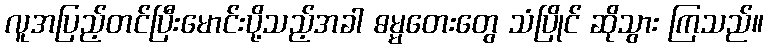
လူအပြည့်တင်ပြီးမောင်းပို့သည့်အခါ ဓမ္မတေးတွေ သံပြိုင် ဆိုသွား ကြသည်။